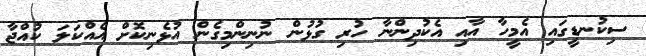
ސިކުނޑީގައި އެމީހާ އާއި އެކުދިންނާ ހުރި ގުޅުން ނުނިންމިގެން އުޅެނިކޮށް އެއްކަލަ ކުއްޖާ